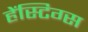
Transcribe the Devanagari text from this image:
हेंस्टिग्स